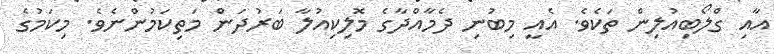
އާއި ގްލޯބިއުލިން ތަކެވެ. އެއީ މިބުނި ދެމާއްދާގެ މޮލިކިއުލާ ބަރުދަން މަތިކަމުންނެވެ. މިކަމުގެ